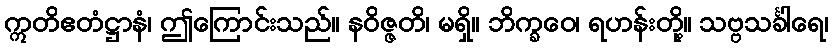
ဣတိဧတံဋ္ဌာနံ၊ ဤကြောင်းသည်။ နဝိဇ္ဇတိ၊ မရှိ။ ဘိက္ခဝေ၊ ရဟန်းတို့။ သဗ္ဗသင်္ခါရေ၊